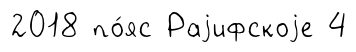
2018 по́яс Раjифскоjе 4